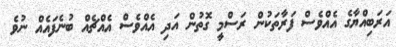
އަރަބިއްޔާގެ އެއްވެސް ފަރާތަކުން ރަސްމީ ގޮތުން އަދި އެއްވެސް އެއްޗެއް ބުނެފައެއް ނުވެ